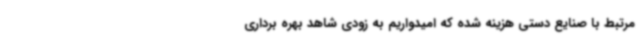
مرتبط با صنایع دستی هزینه شده که امیدواریم به زودی شاهد بهره برداری